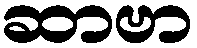
ဆာဗာ